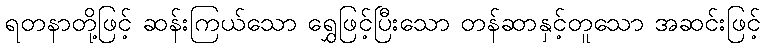
ရတနာတို့ဖြင့် ဆန်းကြယ်သော ရွှေဖြင့်ပြီးသော တန်ဆာနှင့်တူသော အဆင်းဖြင့်